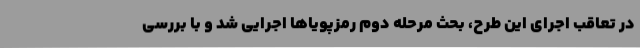
در تعاقب اجرای این طرح، بحث مرحله دوم رمزپویاها اجرایی شد و با بررسی